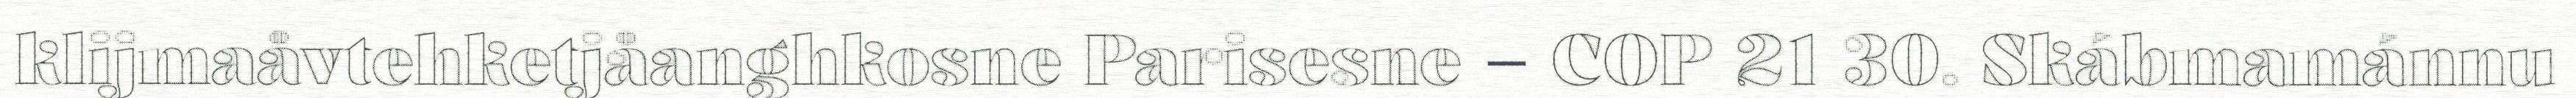
klijmaåvtehketjåanghkosne Parisesne – COP 21 30. Skábmamánnu